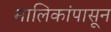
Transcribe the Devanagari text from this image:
मालिकांपासून